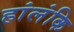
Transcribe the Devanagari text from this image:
हांलंकि